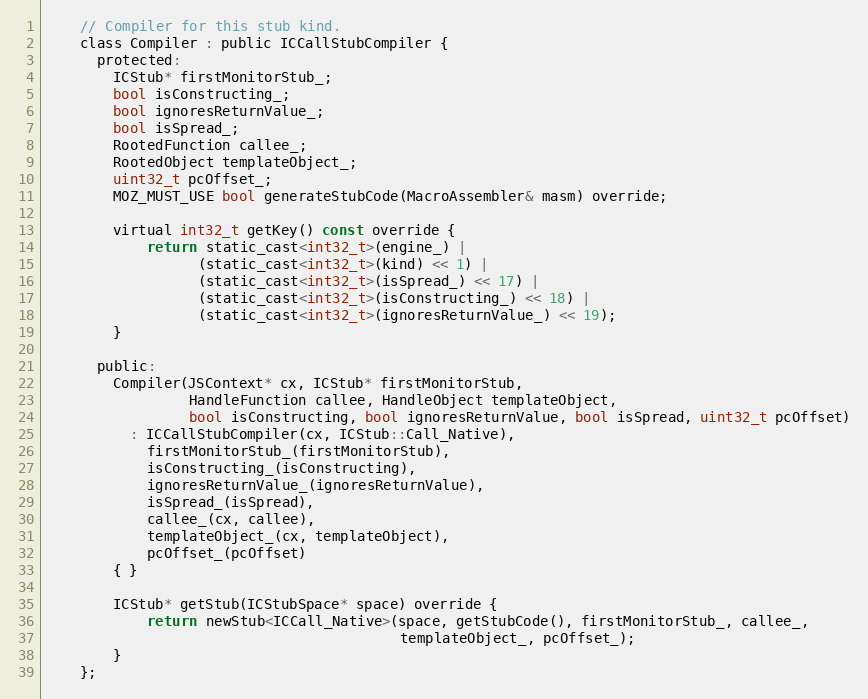
Language: C
    // Compiler for this stub kind.
    class Compiler : public ICCallStubCompiler {
      protected:
        ICStub* firstMonitorStub_;
        bool isConstructing_;
        bool ignoresReturnValue_;
        bool isSpread_;
        RootedFunction callee_;
        RootedObject templateObject_;
        uint32_t pcOffset_;
        MOZ_MUST_USE bool generateStubCode(MacroAssembler& masm) override;

        virtual int32_t getKey() const override {
            return static_cast<int32_t>(engine_) |
                  (static_cast<int32_t>(kind) << 1) |
                  (static_cast<int32_t>(isSpread_) << 17) |
                  (static_cast<int32_t>(isConstructing_) << 18) |
                  (static_cast<int32_t>(ignoresReturnValue_) << 19);
        }

      public:
        Compiler(JSContext* cx, ICStub* firstMonitorStub,
                 HandleFunction callee, HandleObject templateObject,
                 bool isConstructing, bool ignoresReturnValue, bool isSpread, uint32_t pcOffset)
          : ICCallStubCompiler(cx, ICStub::Call_Native),
            firstMonitorStub_(firstMonitorStub),
            isConstructing_(isConstructing),
            ignoresReturnValue_(ignoresReturnValue),
            isSpread_(isSpread),
            callee_(cx, callee),
            templateObject_(cx, templateObject),
            pcOffset_(pcOffset)
        { }

        ICStub* getStub(ICStubSpace* space) override {
            return newStub<ICCall_Native>(space, getStubCode(), firstMonitorStub_, callee_,
                                          templateObject_, pcOffset_);
        }
    };